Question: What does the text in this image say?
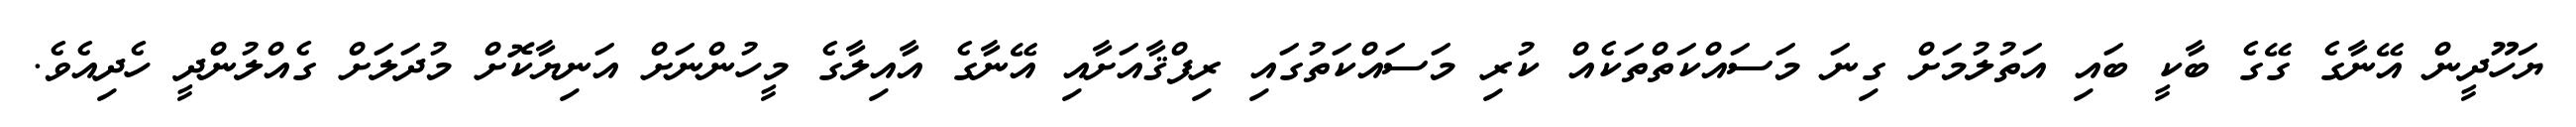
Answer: ޔަހޫދީން އޭނާގެ ގޭގެ ބާކީ ބައި އަތުލުމަށް ގިނަ މަސައްކަތްތަކެއް ކުރި މަސައްކަތުގައި ރިފްޤާއަށާއި އޭނާގެ އާއިލާގެ މީހުންނަށް އަނިޔާކޮށް މުދަލަށް ގެއްލުންދީ ހެދިއެވެ.